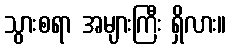
သွားစရာ အများကြီး ရှိလား။